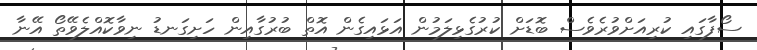
ސޯފާގައި ކުރިއަށްވުރެވެސް ބޮޑަށް ކުރުގެޅިލަމުން އަޅައިގެން އޮތް ބުރުގާއިން ހަށިގަނޑު ނިވާކޮއްލެވޭތޯ އޭނާ